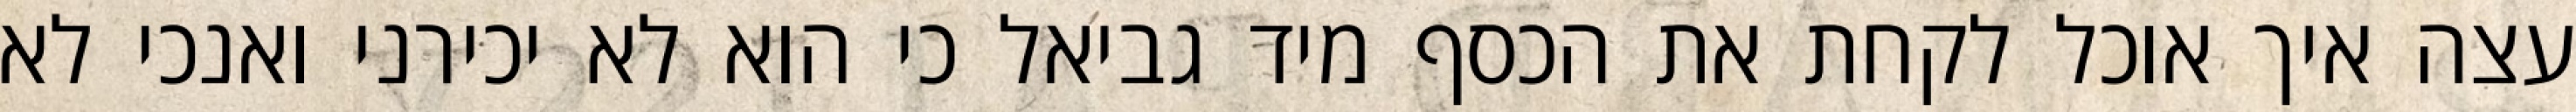
עצה איך אוכל לקחת את הכסף מיד גביאל כי הוא לא יכירני ואנכי לא